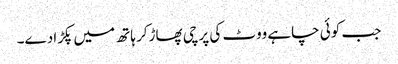
جب کوئی چاہے ووٹ کی پرچی پھاڑکر ہاتھ میں پکڑادے۔